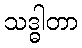
သဒ္ဓါတာ